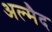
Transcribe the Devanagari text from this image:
अल्मैद